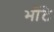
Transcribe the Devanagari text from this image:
भौंटे